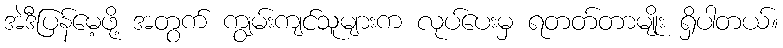
အဲဒီပြန်မေ့ဖို့ အတွက် ကျွမ်းကျင်သူများက လုပ်ပေးမှ ရတတ်တာမျိုး ရှိပါတယ်။